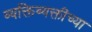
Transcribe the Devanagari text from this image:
व्यक्तिव्यक्तींच्या